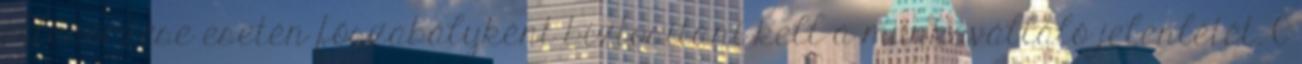
ellenőrzése esetén főszabályként biztosítani kell a munkavállaló jelenlétét. 6